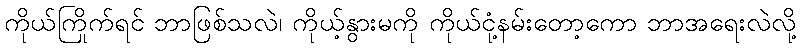
ကိုယ်ကြိုက်ရင် ဘာဖြစ်သလဲ၊ ကိုယ့်နွားမကို ကိုယ်ငုံ့နမ်းတော့ကော ဘာအရေးလဲလို့